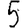
Digit: 5